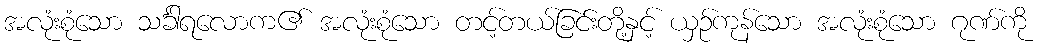
အလုံးစုံသော သင်္ခါရလောက၏ အလုံးစုံသော တင့်တယ်ခြင်းတို့နှင့် ယှဉ်ကုန်သော အလုံးစုံသော ဂုဏ်ကို